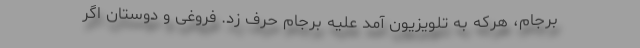
برجام، هرکه به تلویزیون آمد علیه برجام حرف زد. فروغی و دوستان اگر